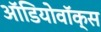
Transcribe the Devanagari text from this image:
ऑडियोवॉक्स